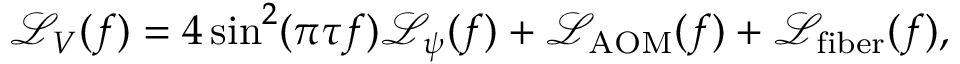
\begin{array} { r } { \mathcal { L } _ { V } ( f ) = 4 \sin ^ { 2 } ( \pi \tau f ) \mathcal { L } _ { \psi } ( f ) + \mathcal { L } _ { \mathrm { A O M } } ( f ) + \mathcal { L } _ { \mathrm { f i b e r } } ( f ) , } \end{array}